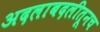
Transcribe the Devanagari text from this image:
अदलाबदलीतूनच